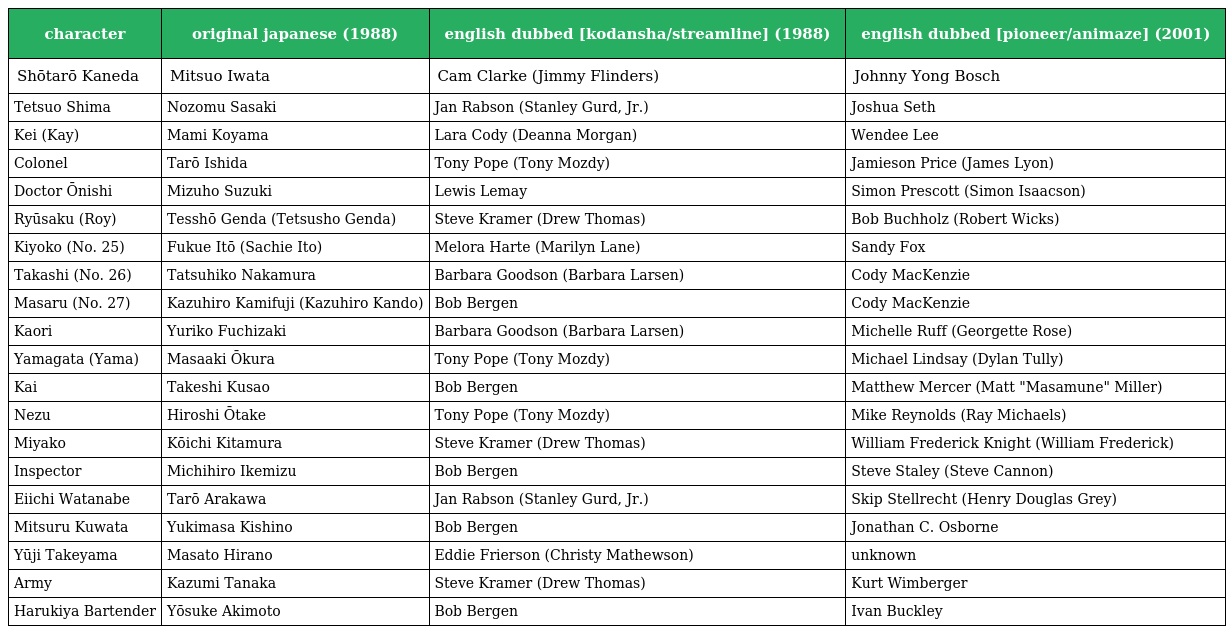
| character | original japanese (1988) | english dubbed [kodansha/streamline] (1988) | english dubbed [pioneer/animaze] (2001) |
 | --- | --- | --- | --- |
 | Shōtarō Kaneda | Mitsuo Iwata | Cam Clarke (Jimmy Flinders) | Johnny Yong Bosch |
 | Tetsuo Shima | Nozomu Sasaki | Jan Rabson (Stanley Gurd, Jr.) | Joshua Seth |
 | Kei (Kay) | Mami Koyama | Lara Cody (Deanna Morgan) | Wendee Lee |
 | Colonel | Tarō Ishida | Tony Pope (Tony Mozdy) | Jamieson Price (James Lyon) |
 | Doctor Ōnishi | Mizuho Suzuki | Lewis Lemay | Simon Prescott (Simon Isaacson) |
 | Ryūsaku (Roy) | Tesshō Genda (Tetsusho Genda) | Steve Kramer (Drew Thomas) | Bob Buchholz (Robert Wicks) |
 | Kiyoko (No. 25) | Fukue Itō (Sachie Ito) | Melora Harte (Marilyn Lane) | Sandy Fox |
 | Takashi (No. 26) | Tatsuhiko Nakamura | Barbara Goodson (Barbara Larsen) | Cody MacKenzie |
 | Masaru (No. 27) | Kazuhiro Kamifuji (Kazuhiro Kando) | Bob Bergen | Cody MacKenzie |
 | Kaori | Yuriko Fuchizaki | Barbara Goodson (Barbara Larsen) | Michelle Ruff (Georgette Rose) |
 | Yamagata (Yama) | Masaaki Ōkura | Tony Pope (Tony Mozdy) | Michael Lindsay (Dylan Tully) |
 | Kai | Takeshi Kusao | Bob Bergen | Matthew Mercer (Matt "Masamune" Miller) |
 | Nezu | Hiroshi Ōtake | Tony Pope (Tony Mozdy) | Mike Reynolds (Ray Michaels) |
 | Miyako | Kōichi Kitamura | Steve Kramer (Drew Thomas) | William Frederick Knight (William Frederick) |
 | Inspector | Michihiro Ikemizu | Bob Bergen | Steve Staley (Steve Cannon) |
 | Eiichi Watanabe | Tarō Arakawa | Jan Rabson (Stanley Gurd, Jr.) | Skip Stellrecht (Henry Douglas Grey) |
 | Mitsuru Kuwata | Yukimasa Kishino | Bob Bergen | Jonathan C. Osborne |
 | Yūji Takeyama | Masato Hirano | Eddie Frierson (Christy Mathewson) | unknown |
 | Army | Kazumi Tanaka | Steve Kramer (Drew Thomas) | Kurt Wimberger |
 | Harukiya Bartender | Yōsuke Akimoto | Bob Bergen | Ivan Buckley |